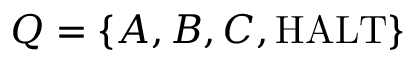
Q = \{ A , B , C , { \mathrm { H A L T } } \}